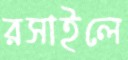
রসাইলে